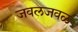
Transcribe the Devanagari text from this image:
जवलजवळ